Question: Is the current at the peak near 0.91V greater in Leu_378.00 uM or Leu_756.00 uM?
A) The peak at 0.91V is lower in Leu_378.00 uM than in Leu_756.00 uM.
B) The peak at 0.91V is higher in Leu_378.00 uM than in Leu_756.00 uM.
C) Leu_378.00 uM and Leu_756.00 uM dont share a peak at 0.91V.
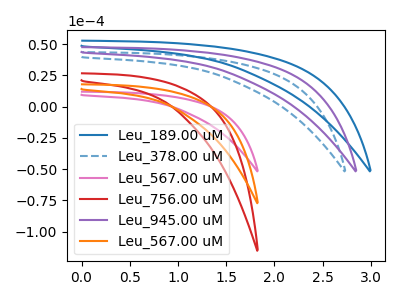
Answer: <think>The blue curve "Leu_189.00 uM" has no peaks. The blue dashed curve "Leu_378.00 uM" has no peaks. The pink curve "Leu_567.00 uM" has no peaks. The red curve "Leu_756.00 uM" has no peaks. The purple curve "Leu_945.00 uM" has no peaks. The orange curve "Leu_567.00 uM" has no peaks.</think>
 <answer>C) "Leu_378.00 uM" and "Leu_756.00 uM" dont share a peak at 0.91V.</answer>
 <eval>C</eval>